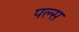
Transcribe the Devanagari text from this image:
पल्‍स